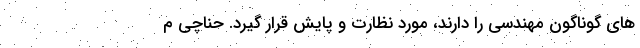
های گوناگون مهندسی را دارند، مورد نظارت و پایش قرار گیرد. حناچی م